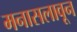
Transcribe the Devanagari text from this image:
मनासलावून